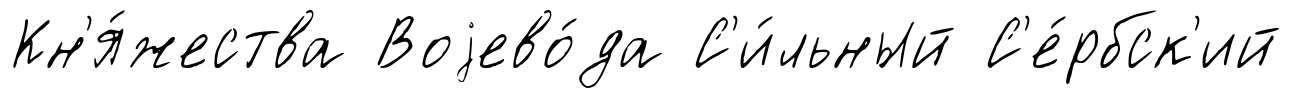
Кн'я́жества Воjево́да С'и́льный С'е́рбск'ий